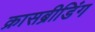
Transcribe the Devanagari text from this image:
क्रासब्रीडिंग